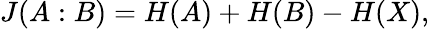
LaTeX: J(A:B)=H(A)+H(B)-H(X),